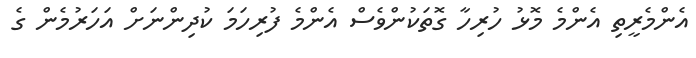
އެންމެރީތި އެންމެ މޮޮޅު ހުރިހާ ގޮތަކުންވެސް އެންމެ ފުރިހަމަ ކުދިންނަށް އަހަރުމެން ގެ